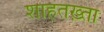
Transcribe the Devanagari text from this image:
शाहतख़्ता